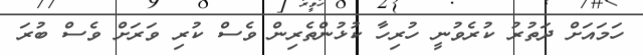
ހަމައަށް ދަތުރު ކުރެވުނީ ހުރިހާ ކުޅުންތެރިން ވެސް ކުރި ވަރަށް ވެސް ބުރަ